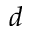
d